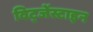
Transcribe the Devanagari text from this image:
विट्जेंस्टाइन